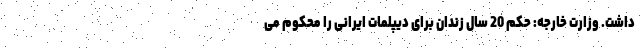
داشت. وزارت خارجه: حکم 20 سال زندان برای دیپلمات ایرانی را محکوم می